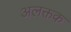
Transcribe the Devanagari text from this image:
अलक्तक